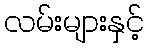
လမ်းများနှင့်